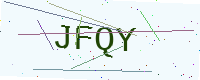
Text: JFQY